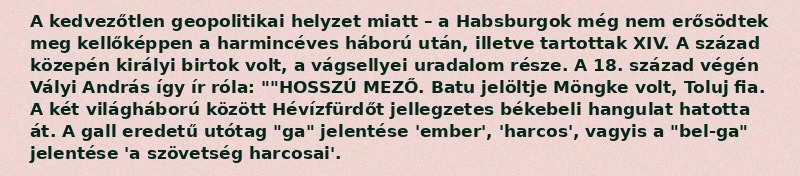
A kedvezőtlen geopolitikai helyzet miatt – a Habsburgok még nem erősödtek meg kellőképpen a harmincéves háború után, illetve tartottak XIV. A század közepén királyi birtok volt, a vágsellyei uradalom része. A 18. század végén Vályi András így ír róla: ""HOSSZÚ MEZŐ. Batu jelöltje Möngke volt, Toluj fia. A két világháború között Hévízfürdőt jellegzetes békebeli hangulat hatotta át. A gall eredetű utótag "ga" jelentése 'ember', 'harcos', vagyis a "bel-ga" jelentése 'a szövetség harcosai'.